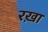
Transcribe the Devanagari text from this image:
रख़ा